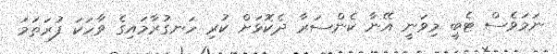
ނަމަވެސް ޓެބީ މިވަނީ އޭނާ ކެންސަރާ ދެކޮޅަށް ކުރި ހަނގުރާމައިގެ ވާހަކަ ފުރަތަމަ